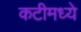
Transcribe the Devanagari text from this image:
कटीमध्ये